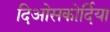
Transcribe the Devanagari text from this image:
दिओसकोर्दिया